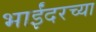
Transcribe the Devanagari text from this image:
भाईंदरच्या